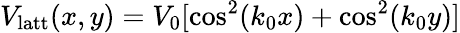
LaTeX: V_{\mathrm{{latt}}}(x,y)=V_{0}[\cos^{2}(k_{0}x)+\cos^{2}(k_{0}y)]